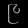
Digit: ၉